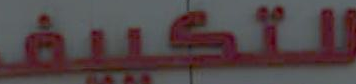
للتكييف